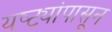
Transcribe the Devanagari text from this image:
यष्ट्यांपासून